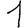
Digit: 1